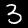
Digit: 3